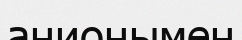
анионымен